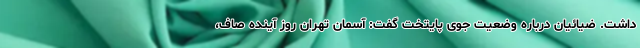
داشت. ضیائیان درباره وضعیت جوی پایتخت گفت: آسمان تهران روز آینده صاف،